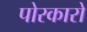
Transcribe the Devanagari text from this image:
पोरकारो